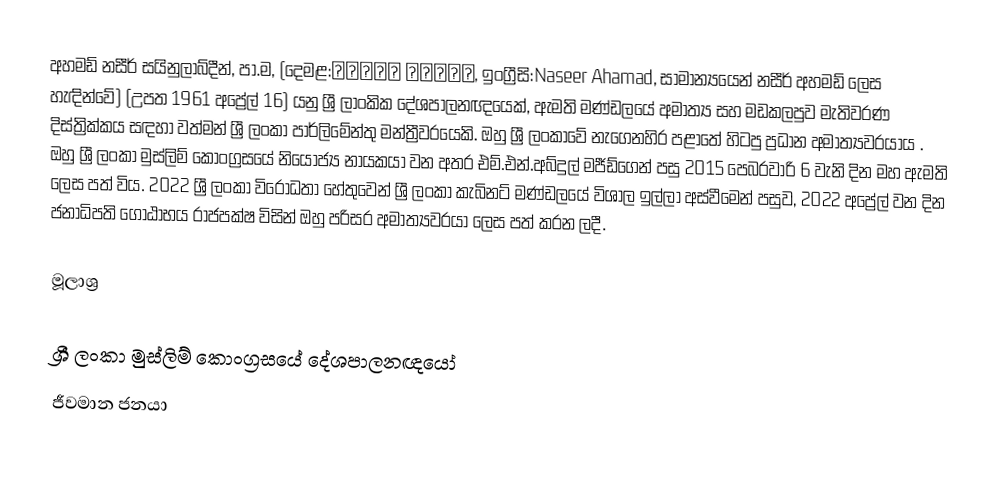
අහමඩ් නසීර් සයිනුලාබ්දීන්, පා.ම, (දෙමළ:நசீர் அகமது, ඉංග්‍රීසි:Naseer Ahamad, සාමාන්‍යයෙන් නසීර් අහමඩ් ලෙස හැඳින්වේ) (උපත 1961 අප්‍රේල් 16) යනු ශ්‍රී ලාංකික දේශපාලනඥයෙක්, ඇමති මණ්ඩලයේ අමාත්‍ය සහ මඩකලපුව මැතිවරණ  දිස්ත්‍රික්කය සඳහා වත්මන් ශ්‍රී ලංකා පාර්ලිමේන්තු මන්ත්‍රීවරයෙකි.  ඔහු ශ්‍රී ලංකාවේ නැගෙනහිර පළාතේ හිටපු ප්‍රධාන අමාත්‍යවරයාය .  ඔහු ශ්‍රී ලංකා මුස්ලිම් කොංග්‍රසයේ නියෝජ්‍ය නායකයා වන අතර එම්.එන්.අබ්දුල් මජීඩ්ගෙන් පසු 2015 පෙබරවාරි 6 වැනි දින මහ ඇමති ලෙස පත් විය. 2022 ශ්‍රී ලංකා විරෝධතා හේතුවෙන් ශ්‍රී ලංකා කැබිනට් මණ්ඩලයේ විශාල ඉල්ලා අස්වීමෙන් පසුව, 2022 අප්‍රේල්  වන දින ජනාධිපති ගෝඨාභය රාජපක්ෂ විසින් ඔහු පරිසර අමාත්‍යවරයා ලෙස පත් කරන ලදී.

මූලාශ්‍ර

ශ්‍රී ලංකා මුස්ලිම් කොංග්‍රසයේ දේශපාලනඥයෝ
ජීවමාන ජනයා